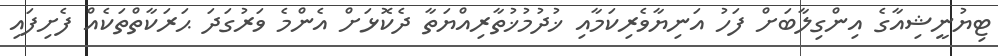
ޓިޔުނީޝިއާގެ އިންގިލާބަށް ފަހު އަނިޔާވެރިކަމާއި ޚުދުމުޚުތާރިއްޔަތާ ދެކޮޅަށް އެންމެ ވަރުގަދަ ޙަރަކާތްތަކެއް ފެށިފައި